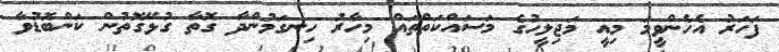
ފަހަރު އެހެންވީމަ މިއީ މަޖިލީހުގެ މަސައްކަތްތައް މިހާރު ހިނގަމުންދާ ގޮތާ ގުޅޭގޮތުން ކަންބޮޑުވާ